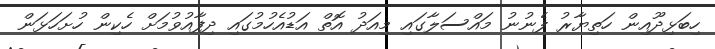
ހިބަޅިދޫއިން ހަތިޔާރު ފެނުނު މައްސަލާގައި މިއަދު އޮތް އަޑުއެހުމުގައި ދިފާއުވުމަށް ހެކިން ހުށަހަޅަން